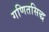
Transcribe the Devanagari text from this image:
गणितसिद्ध